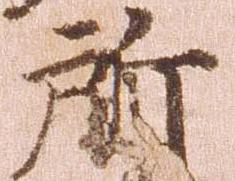
所